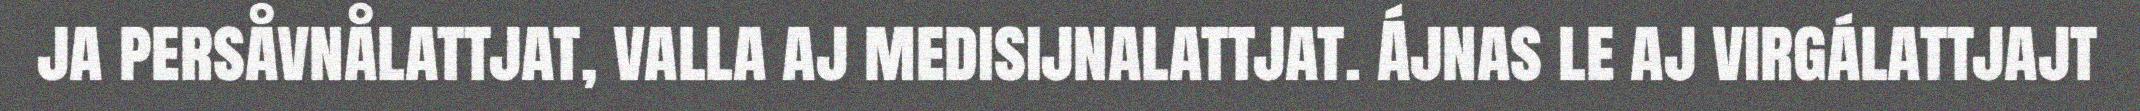
ja persåvnålattjat, valla aj medisijnalattjat. Ájnas le aj virgálattjajt